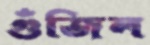
গুঁজিল